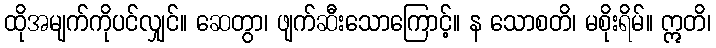
ထိုအမျက်ကိုပင်လျှင်။ ဆေတွာ၊ ဖျက်ဆီးသောကြောင့်။ န သောစတိ၊ မစိုးရိမ်။ ဣတိ၊